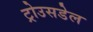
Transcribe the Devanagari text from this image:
ट्रोउसडेल